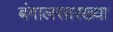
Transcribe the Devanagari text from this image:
बंगालसारख्या